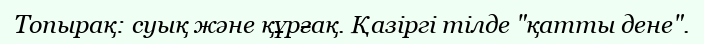
Топырақ: суық және құрғақ. Қазіргі тілде "қатты дене".